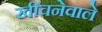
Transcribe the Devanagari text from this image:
खींचनेवाले